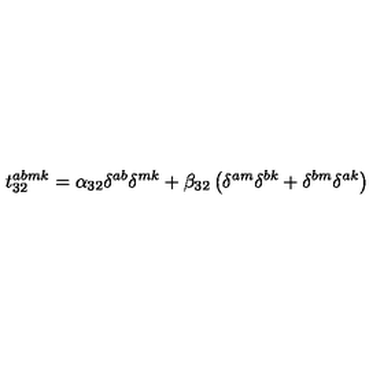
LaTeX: t _ { 3 2 } ^ { a b m k } = \alpha _ { 3 2 } \delta ^ { a b } \delta ^ { m k } + \beta _ { 3 2 } \left( \delta ^ { a m } \delta ^ { b k } + \delta ^ { b m } \delta ^ { a k } \right)